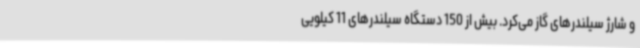
و شارژ سیلندرهای گاز می‌کرد. بیش از 150 دستگاه سیلندرهای 11 کیلویی